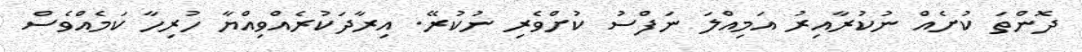
ދޮންތަ ކުށެއް ނުކުރާއިރު އަމިއްލަ ނަފްސު ކުށްވެރި ނުކުރޭ. އިރާދަކުރެއްވިއްޔާ ހުރިހާ ކަމެއްވެސް